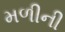
મળીની